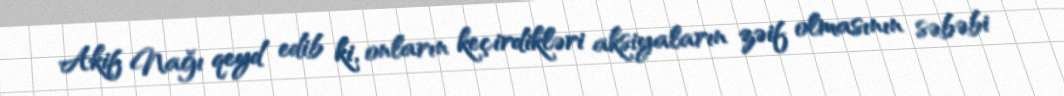
Akif Nağı qeyd edib ki, onların keçirdikləri aksiyaların zəif olmasının səbəbi